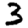
Digit: 3